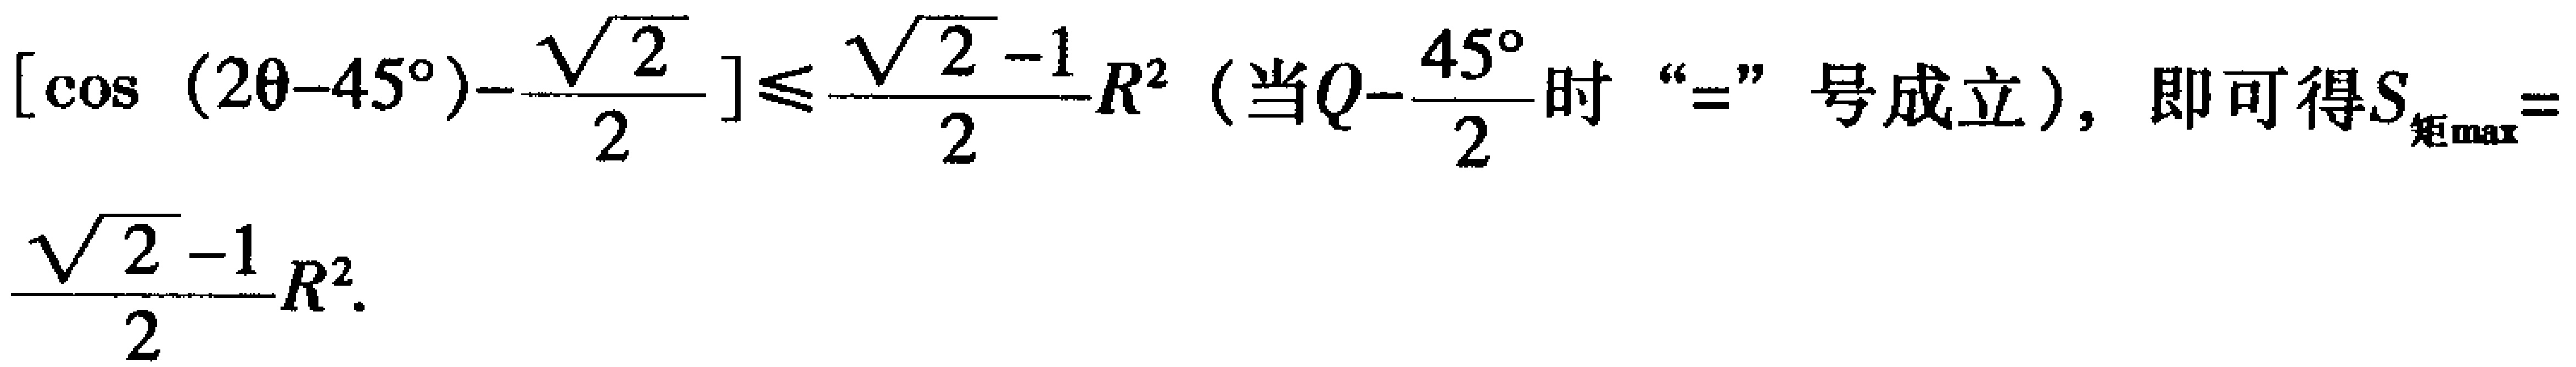
\([\cos(2\theta - 45^{\circ})-\frac{\sqrt{2}}{2}]\leq\frac{\sqrt{2}-1}{2}R^{2}\)（当\(\theta = \frac{45^{\circ}}{2}\)时“\(=\)”号成立），即可得\(S_{矩\max}=\frac{\sqrt{2}-1}{2}R^{2}\)